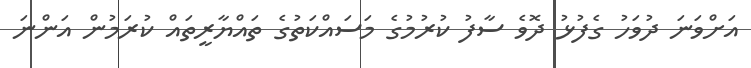
އަށްވަނަ ދުވަހު ގެފުޅު ދޮވެ ސާފު ކުރުމުގެ މަސައްކަތުގެ ތައްޔާރީތައް ކުރަމުން އަންނަ